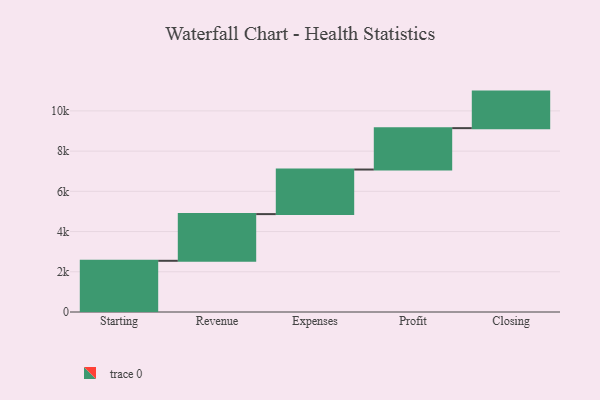
{"axis": {"x": "Step", "y": "Value"}, "legend": [""], "data": [{"x": "Starting", "y": 2546.0, "type": ""}, {"x": "Revenue", "y": 2322.0, "type": ""}, {"x": "Expenses", "y": 2216.0, "type": ""}, {"x": "Profit", "y": 2058.0, "type": ""}, {"x": "Closing", "y": 1817.0, "type": ""}]}